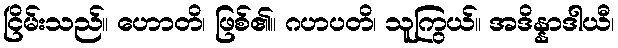
ငြိမ်းသည်။ ဟောတိ၊ ဖြစ်၏။ ဂဟပတိ၊ သူကြွယ်။ အဒိန္နာဒါယီ၊